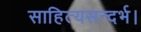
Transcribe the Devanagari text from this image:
साहित्यसन्दर्भ।